Manual of the Civil Veterinary Department, Central Provinces and Berar
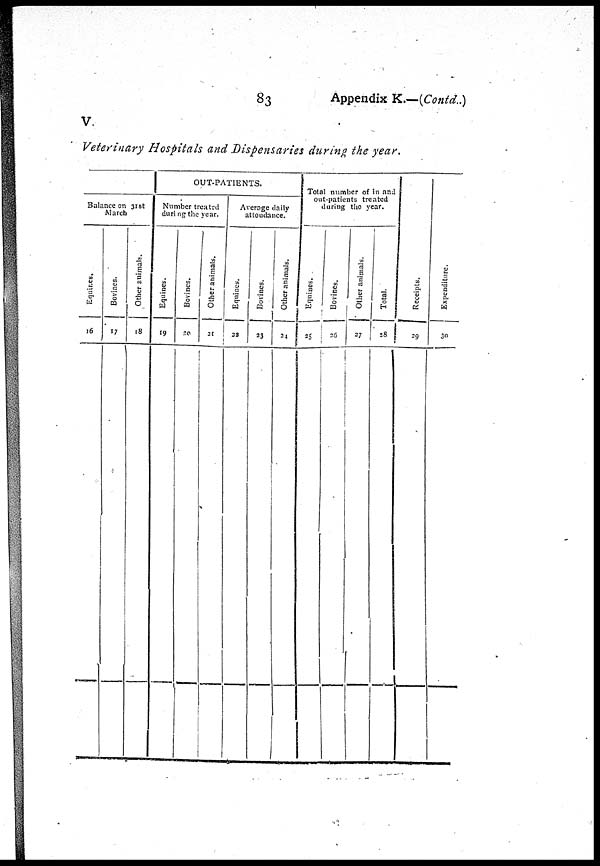
83
Appendix K.—(Contd..)
V
Veterinary Hospitals and Dispensaries during the year.
Balance on 31st
Equi nes .
16
Bovines.
17
Other animals.
18
OUT-PATIENTS.
Number treated
during the year.
Equines.
19
Bovines.
20
Other animals.
21
Average daily
attendance.
Equines.
22
Bovines.
23
Other animals.
24
Total number of in an;
out-patients treated
during the year.
Equi nes .
25
Bovi nes .
26
Ot her animals.
27
Tot al .
28
Recei pt s.
29
Expendi t
ur e.
30